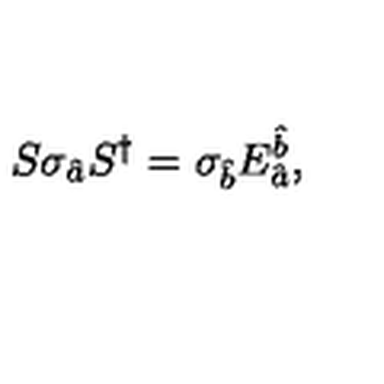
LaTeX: S \sigma _ { \hat { a } } S ^ { \dagger } = \sigma _ { \hat { b } } E _ { \mathrm { } \hat { a } } ^ { \hat { b } } ,